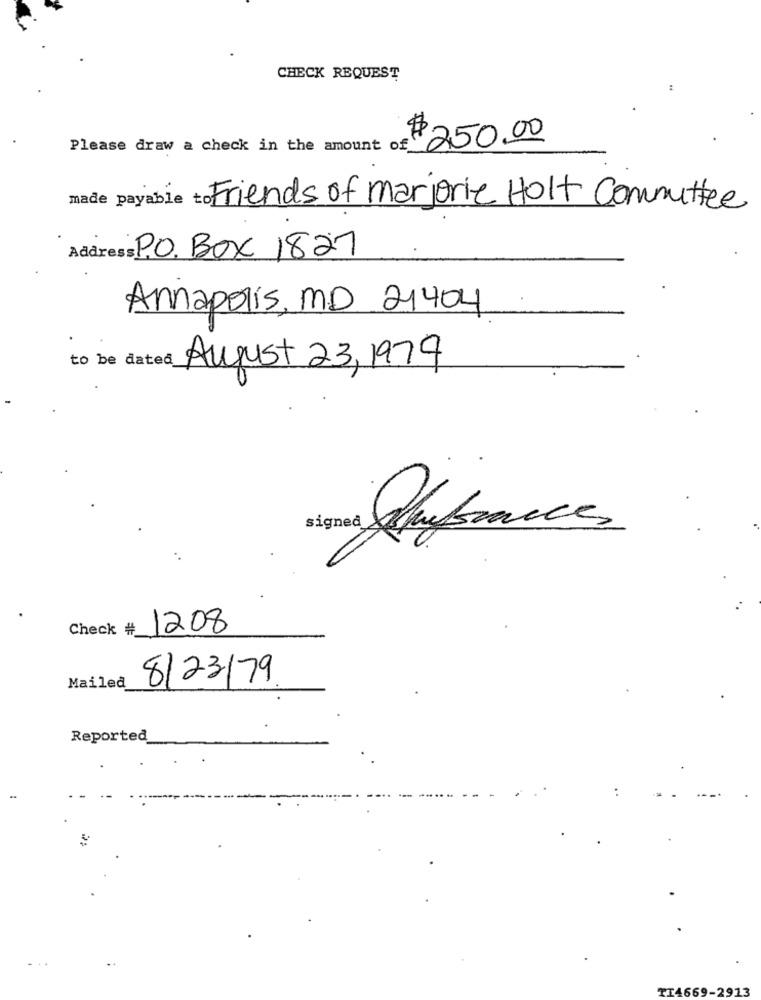
CHECK REQUEST
Please draw a check in the amount of
$ 250.00
made payable to Friends of Marjorie Holt Committee
Address PO. BOX 1827
Annapolis, MD 21404
to be dated_
August 23, 1979
signed
os enfrance
Check #_
1208
8/23/79
Mailed
Reported
TI4669-2913